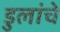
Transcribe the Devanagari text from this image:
डुलांचे